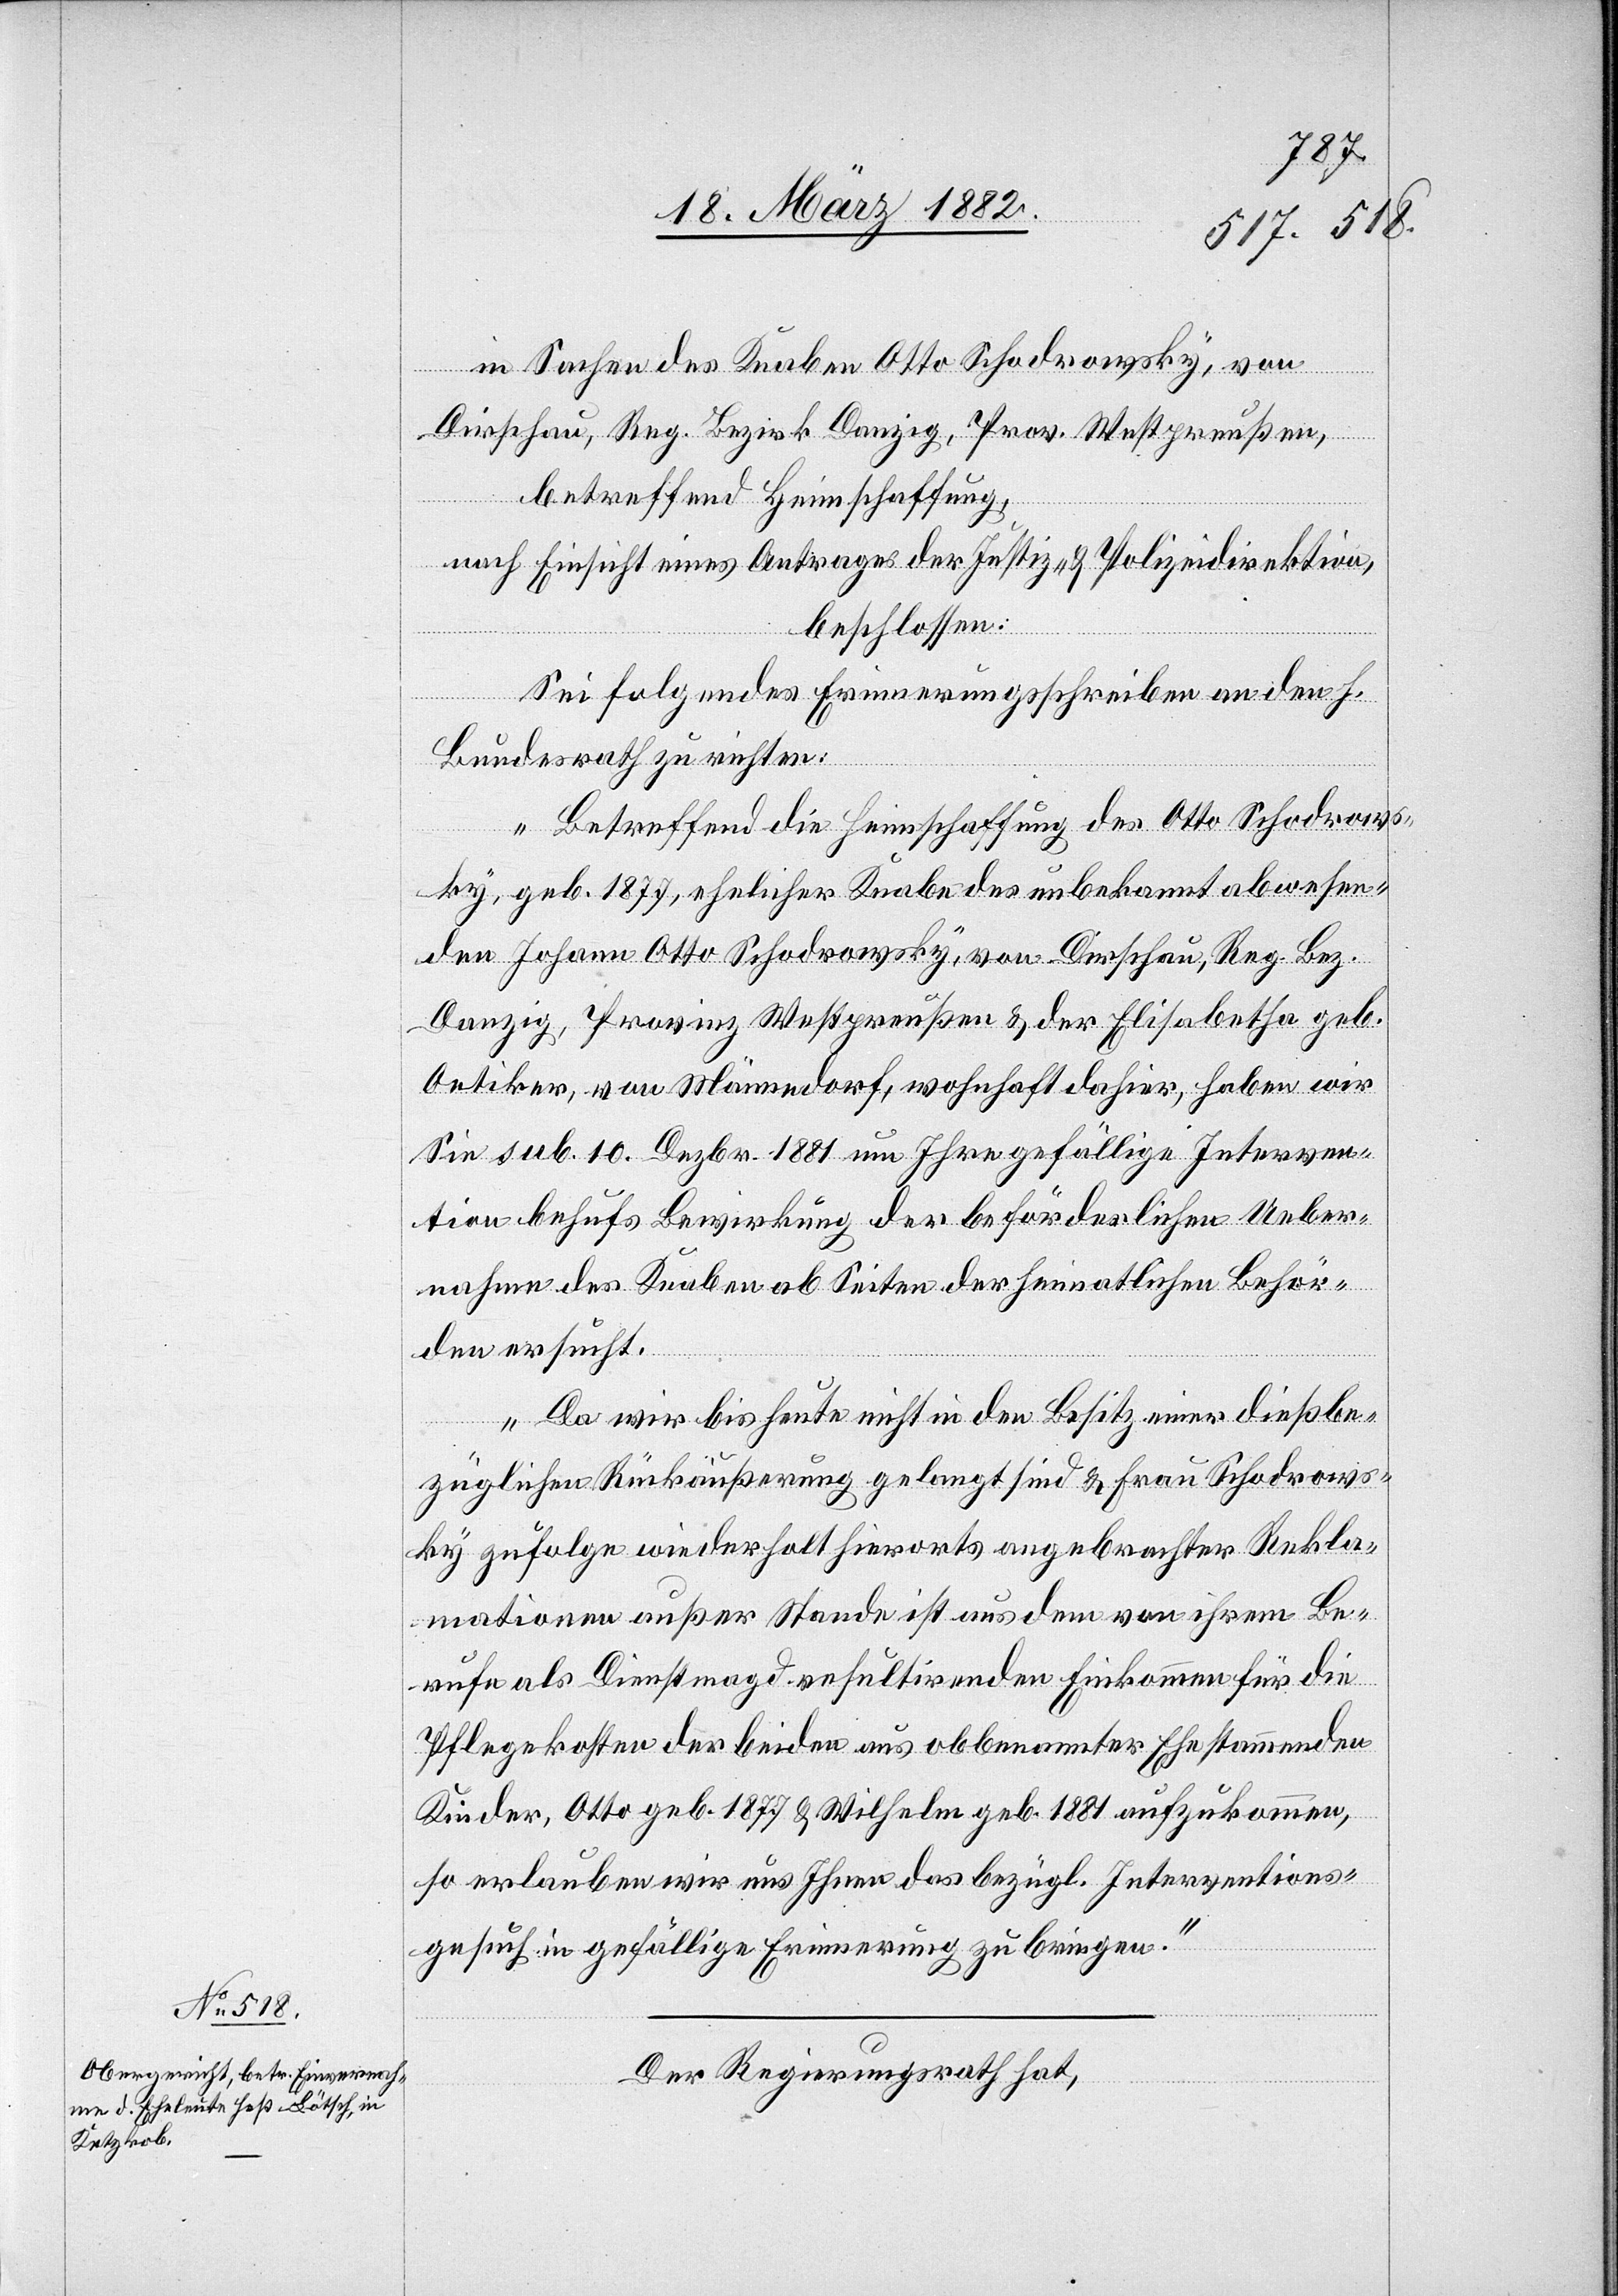
21. März 1882.]
in Sachen des Knaben Otto Schodrowsky, von
Dirschau, Reg. Bezirk Danzig, Prov. Westpreußen,
betreffend Heimschaffung,
nach Einsicht eines Antrages der Justiz- & Polizeidirektion,
beschlossen:
Sei folgendes Erinnerungsschreiben an den h.
Bundesrath zu richten:
„Betreffend die Heimschaffung des Otto Schodrows¬
ky, geb. 1877, ehelicher Knabe des unbekannt abwesen¬
den Johann Otto Schodrowsky, von Dirschau, Reg. Bez.
Danzig, Provinz Westpreußen & der Elisabetha geb.
Oetiker, von Männedorf, wohnhaft dahier, haben wir
Sie sub. 10. Dezbr. 1881 um Ihre gefällige Interven¬
tion behufs Bewirkung der beförderlichen Ueber¬
nahme des Knaben ab Seite der heimatlichen Behör¬
den ersucht.
Da wir bis heute nicht in den Besitz einer dießbe¬
züglichen Rückäußerung gelangt sind & Frau Schodrows¬
ky zufolge wiederholt hierorts angebrachter Rekla¬
mationen außer Stande ist aus dem von ihrem Be¬
rufe als Dienstmagd resultirenden Einkommen für die
Pflegekosten der beiden aus obbenannter Ehe stammenden
Kindern, Otto geb. 1877 & Wilhelm geb. 1881 aufzukommen,
so erlauben wir uns Ihnen das bezügl. Interventions¬
gesuch in gefällige Erinnerung zu bringen.“
Der Regierungsrath hat,